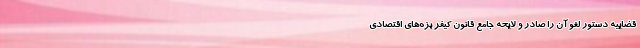
قضاییه دستور لغو آن را صادر و لایحه جامع قانون کیفر بزه‌های اقتصادی